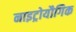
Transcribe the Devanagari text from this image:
नाइट्रोयौगिक